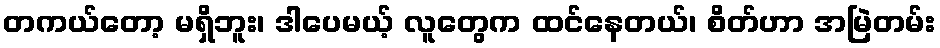
တကယ်တော့ မရှိဘူး၊ ဒါပေမယ့် လူတွေက ထင်နေတယ်၊ စိတ်ဟာ အမြဲတမ်း